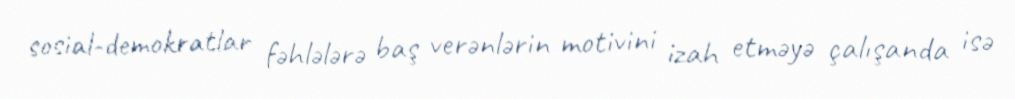
sosial-demokratlar fəhlələrə baş verənlərin motivini izah etməyə çalışanda isə